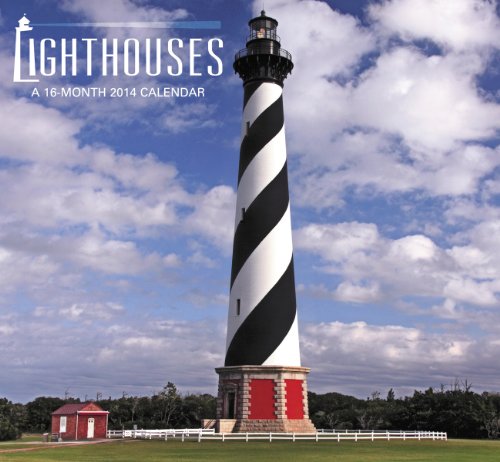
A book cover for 2014 Lighthouses Mini Calendar; Non-Licensed Mead; Calendars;